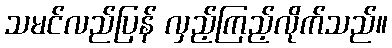
သမင်လည်ပြန် လှည့်ကြည့်လိုက်သည်။